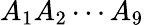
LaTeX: A_{1}A_{2}\dotsm A_{9}